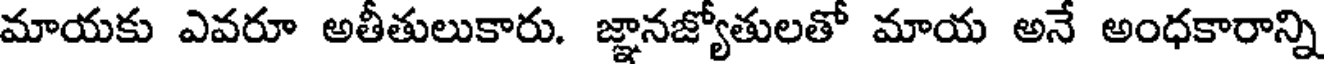
మాయకు ఎవరూ అతీతులుకారు. జ్ఞానజ్యోతులతో మాయ అనే అంధకారాన్ని